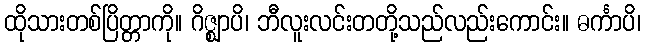
ထိုသားတစ်ပြိတ္တာကို။ ဂိဇ္ဈာပိ၊ ဘီလူးလင်းတတို့သည်လည်းကောင်း။ ဓင်္ကာပိ၊